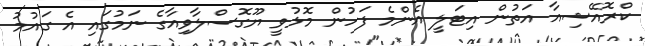
ކްރޮއޭޝިއާ އަތުން އިޓަލީ އެންމެ ފަހުން މޮޅުވީ ޔޫގޮސްލާވިއާގެ ނަމުގައި އެ ގައުމު